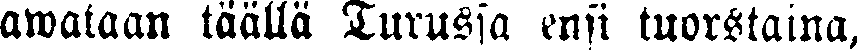
awataan täällä Turussa ensi tuorstaina,